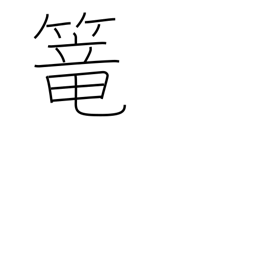
Meaning: seclude oneself